Medical and sanitary report of the native army of Madras for the year
Year: 1875
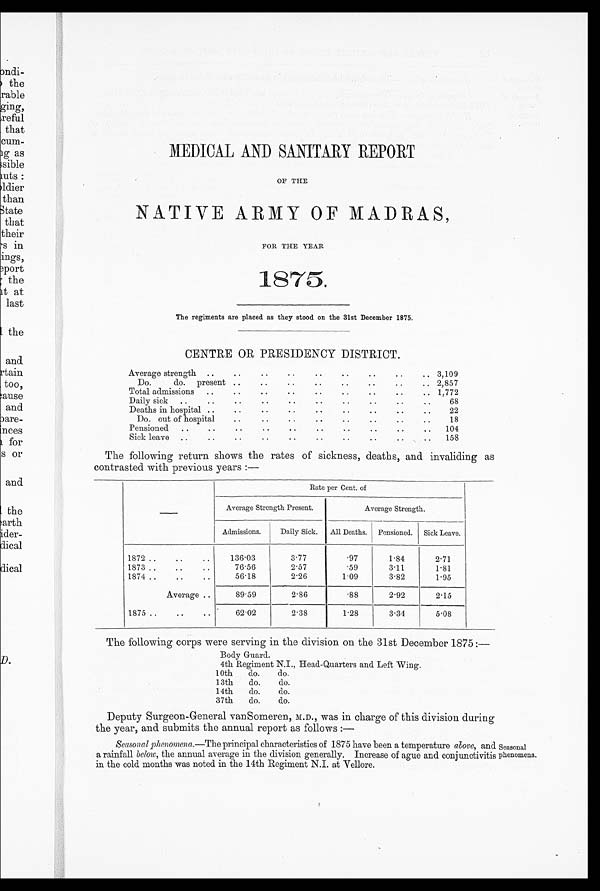
MEDICAL AND SANITARY REPORT
OF THE
NATIVE ARMY OF MADRAS,
FOR THE YEAR
1875.
The regiments are placed as they stood on the 31st December 1875.
CENTRE OR PRESIDENCY DISTRICT.
Average strength
..
..
..
..
..
..
..
..
.. 3,109
Do. do. present ..
..
..
..
..
..
.. 2,857
Total admissions
..
..
..
..
..
..
..
....
.. 1,772
Daily sick
.. ..
..
• .
• .
..
..
..
..
68
Deaths in hospital ..
..
..
..
..
..
..
..
22
Do. out of hospital
..
..
..
..
..
..
..
18
Pensioned
..
..
• •
• •
• •
• •
• •
..
• •
104
Sick leave
..
..
..
..
..
..
..
..
..
..
158
The following return shows the rates of sickness, deaths, and invaliding as
contrasted with previous years :—
Rate per Cent. of
Average Strength Present.
Average Strength.
Admissions.
Daily Sick.
All Deaths.
Pensioned.
Sick Leave.
1872
..
..
..
136.03
3.77
.97
1.84
2.71
1873 ..
..
..
76.56
2.57
.59
3.11
1.81
1874 .. .
..
..
56.18
2.26
1.09
3.82
1.95
Average ..
89.59
2.86
. 88
2.92
2.15
1875 ..
..
..
62.02
2.38
1.28
3.34
5.08
The following corps were serving in the division on the 31st December 1875:—
Body Guard.
4th Regiment N.I., Head-Quarters and Left Wing.
10th
do.
do.
13th
do.
do.
14th
do.
do.
37th
do.
do.
Deputy Surgeon-General vanSomeren, M.D., was in charge of this division during
the year, and submits the annual report as follows :—
Seasonal
phenomena
Seasonal phenomena .—The principal characteristics of 1875 have been a temperature above, and
a rainfall below, the annual average in the division generally. Increase of ague and conjunctivitis
in the cold months was noted in the 14th Regiment N.I. at Vellore.